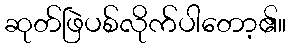
ဆုတ်ဖြဲပစ်လိုက်ပါတော့၏။